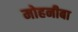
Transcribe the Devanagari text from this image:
मोहनीबा